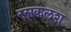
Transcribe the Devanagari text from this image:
रसकलश